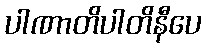
ပါဏာတိပါတိနီပေ